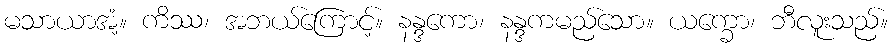
မသာယာအံ့။ ကိဿ၊ အဘယ်ကြောင့်။ နန္ဒကော၊ နန္ဒကမည်သော။ ယက္ခော၊ ဘီလူးသည်။